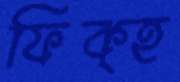
ফিক্হ